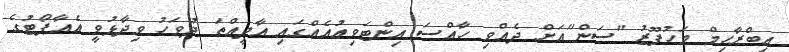
އިބްރާހިމް މަހުފޫޒު "ސަން"އަށް ދެއްވި ހާއްސަ އިންޓަވިއުއެއްގައި އާދީއްތަ ދުވަހު ވިދާޅުވީ އެއާޕޯޓުގެ